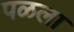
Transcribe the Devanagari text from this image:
पळला